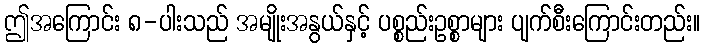
ဤအကြောင်း ၈-ပါးသည် အမျိုးအနွယ်နှင့် ပစ္စည်းဥစ္စာများ ပျက်စီးကြောင်းတည်း။